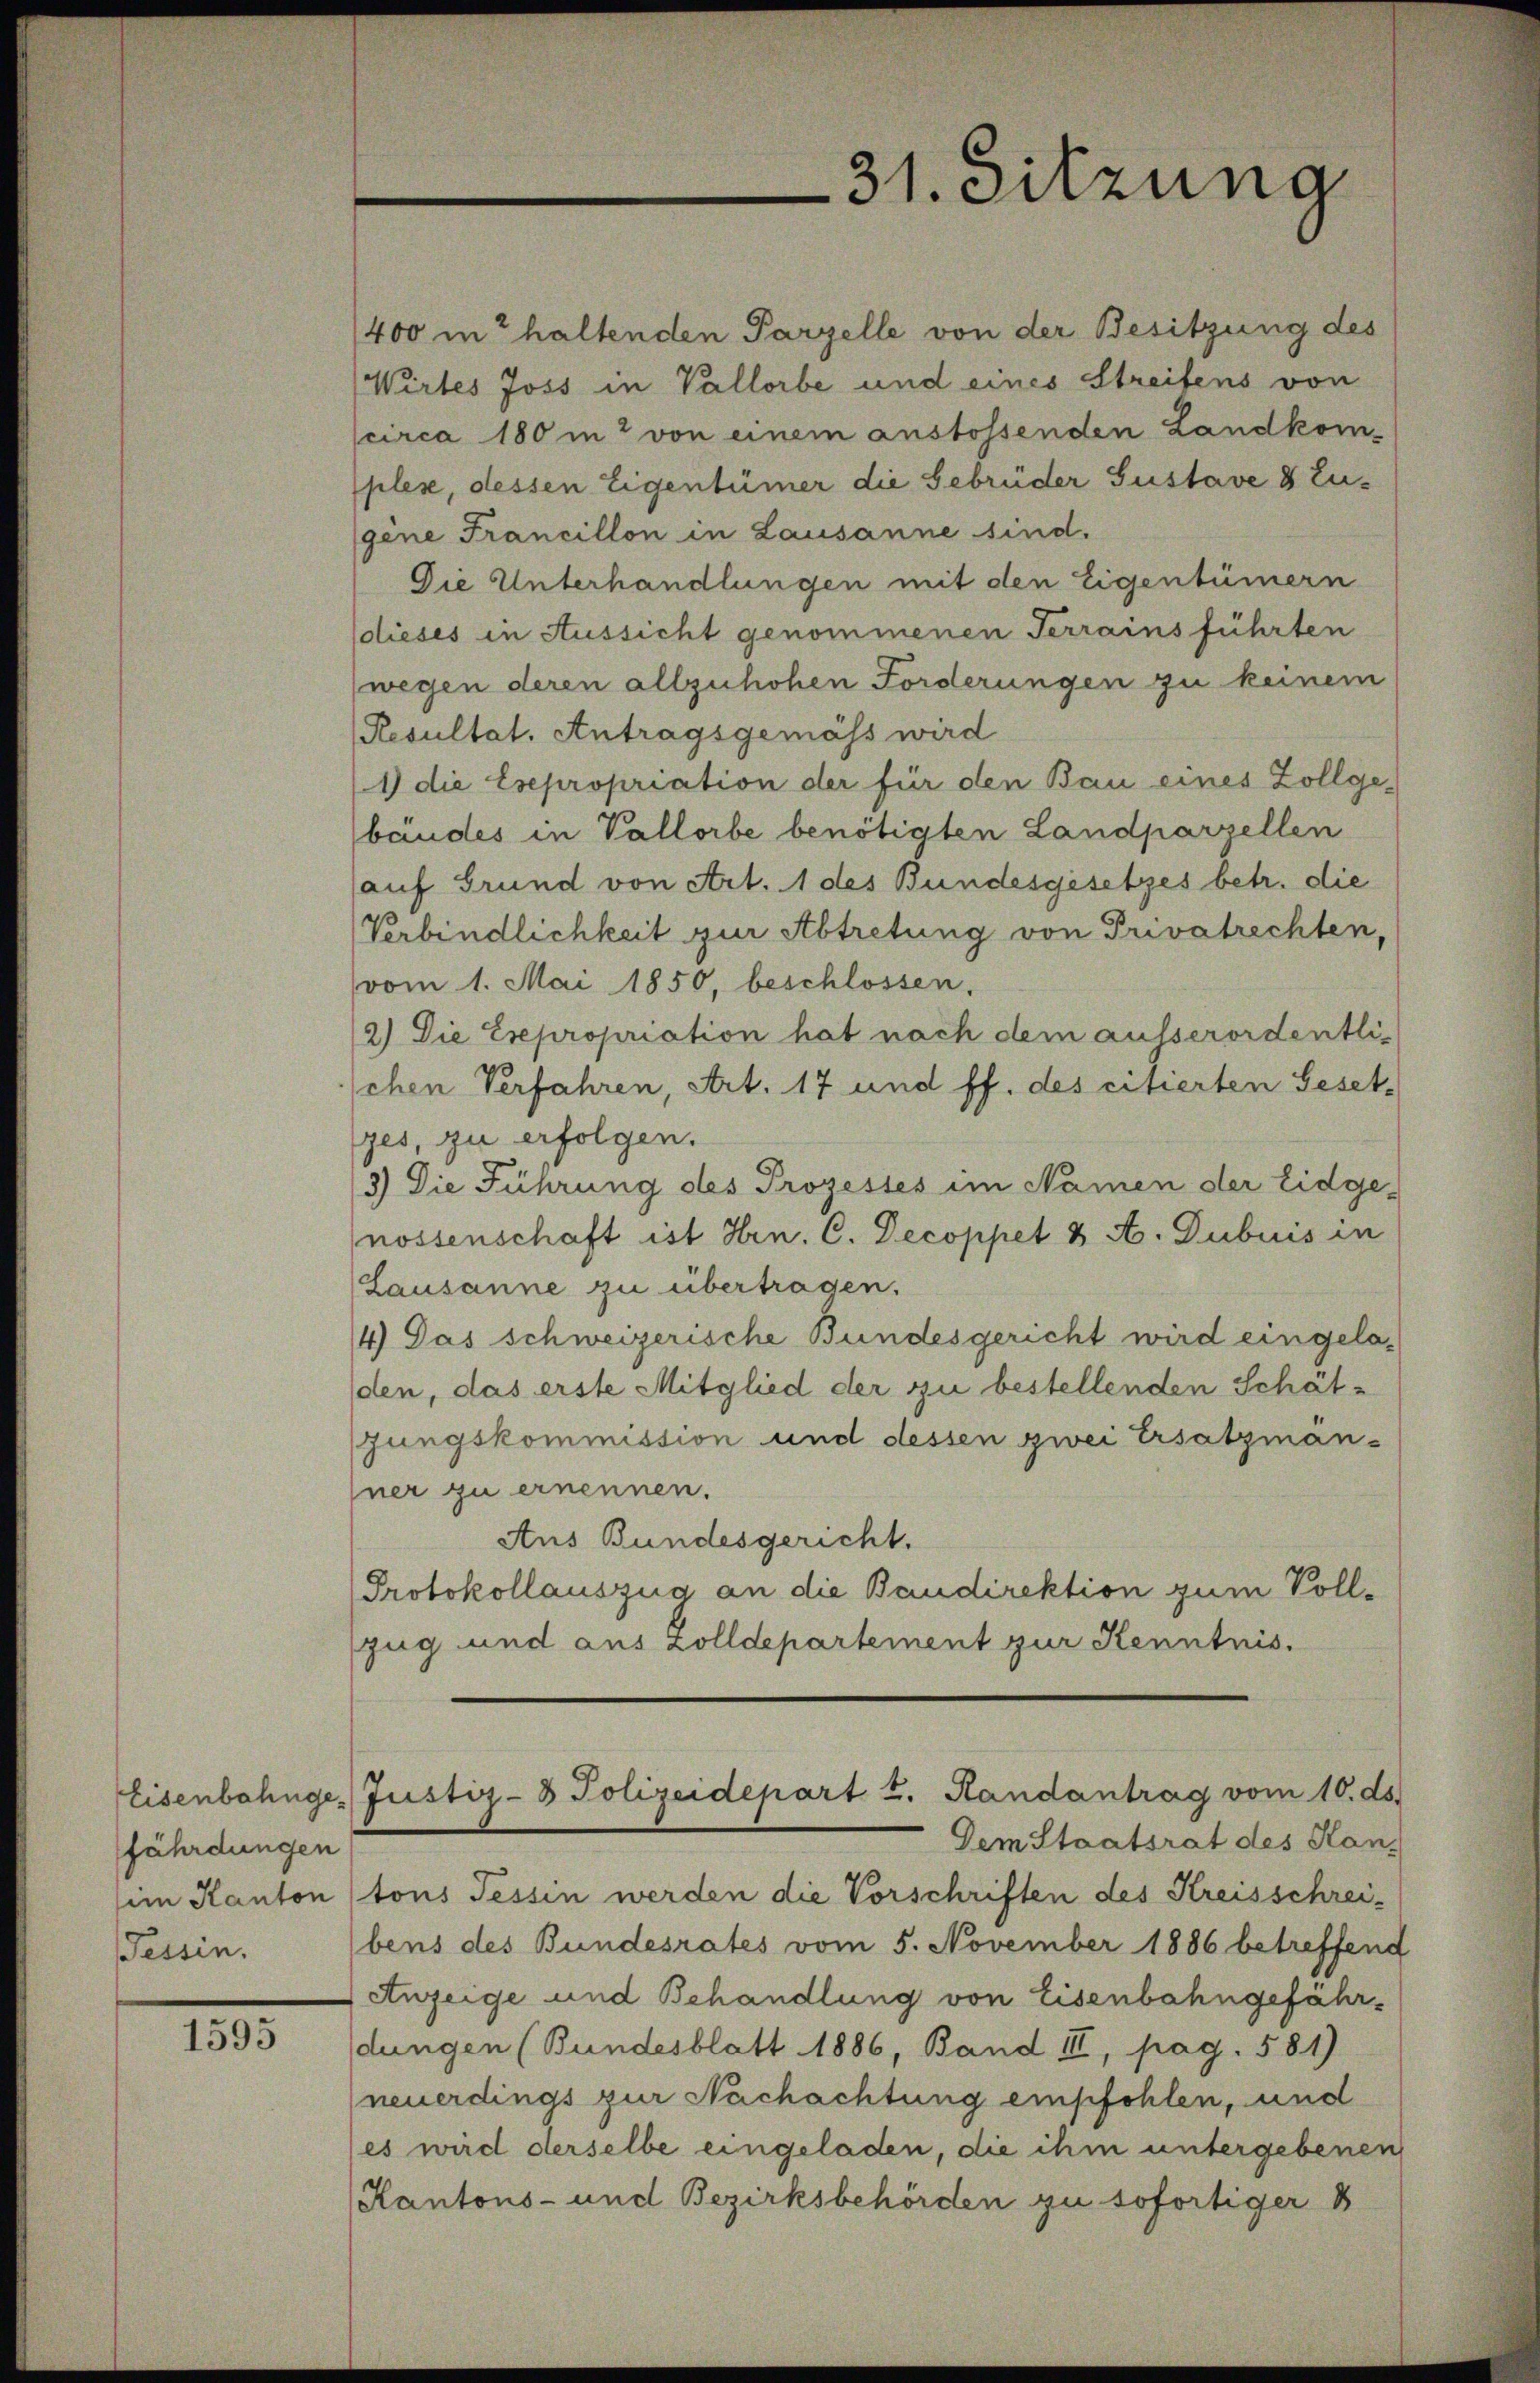
Eisenbahnge
fährdungen
im Kanton
Tessin.

1595

400 in haltenden Parzelle von der Besitzung des
Wirtes Joss in Vallorbe und eines Streifens von
circa 180 in von einem anstossenden Landkomples, dessen Eigentümer die Gebrüder Gustave 8 Eugene Francillon in Lausanne sind.
Die Unterhandlungen mit den Eigentümern
solieses in Aussicht genommenen Terrains führten
wegen deren allzuhohen Forderungen zu keinem
Resultat. Antragsgemäss wird
1) die Esepropriation der für den Bau eines Zollge-
baudes in Vallorbe benötigten Landparzellen
auf Grund von Art. 1 des Bundesgesetzes betr. die
Verbindlichkeit zur Abtretung von Privatrechten,
vom 1. Mai 1850, beschlossen.
2) Die Expropriation hat nach dem ausserordentlischen Verfahren, Art. 17 und ff. des citierten Geset-
ges, zu erfolgen.
3) Die Führung des Prozesses im Namen der Eidgenossenschaft ist Hrn. C. Decoppet & A. Dubuis in
Lausanne zu übertragen.
4) Das schweizerische Bundesgericht wird eingeladen, das erste Mitglied der zu bestellenden Schätzungskommission und dessen zwei Ersatzman-
ner zu ernennen.
Aus Bundesgericht.
Protokollauszug an die Baudirektion zum Soll-
zug und aus Zolldepartement zur Kenntnis.
Justiz- & Polizeidepart 2. Handantrag vom 10. ds.
Dem Staatsrat des Han-
tons Tessin werden die Vorschriften des Kreisschrei-
bens des Bundesrates vom 5. November 1886 betreffend
Anzeige und Behandlung von Eisenbahngefährdungen (Bundesblatt 1886, Band III, pag. 581)
neuerdings zur Nachachtung empfohlen, und
(es wird derselbe eingeladen, die ihm untergebenen
Kantons- und Bezirksbehörden zu sofortiger B

31. Sitzung